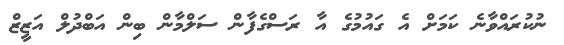
ނުކުރައްވާނެ ކަމަށް އެ ގައުމުގެ އާ ރަސްގެފާން ސަލްމާން ބިން އަބްދުލް އަޒީޒް